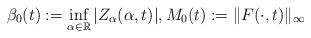
LaTeX: \begin{align*}\beta_0(t):= \inf_{\alpha\in \mathbb{R}}|Z_{\alpha}(\alpha,t)|,M_0(t):=\|F(\cdot,t)\|_{\infty}\end{align*}